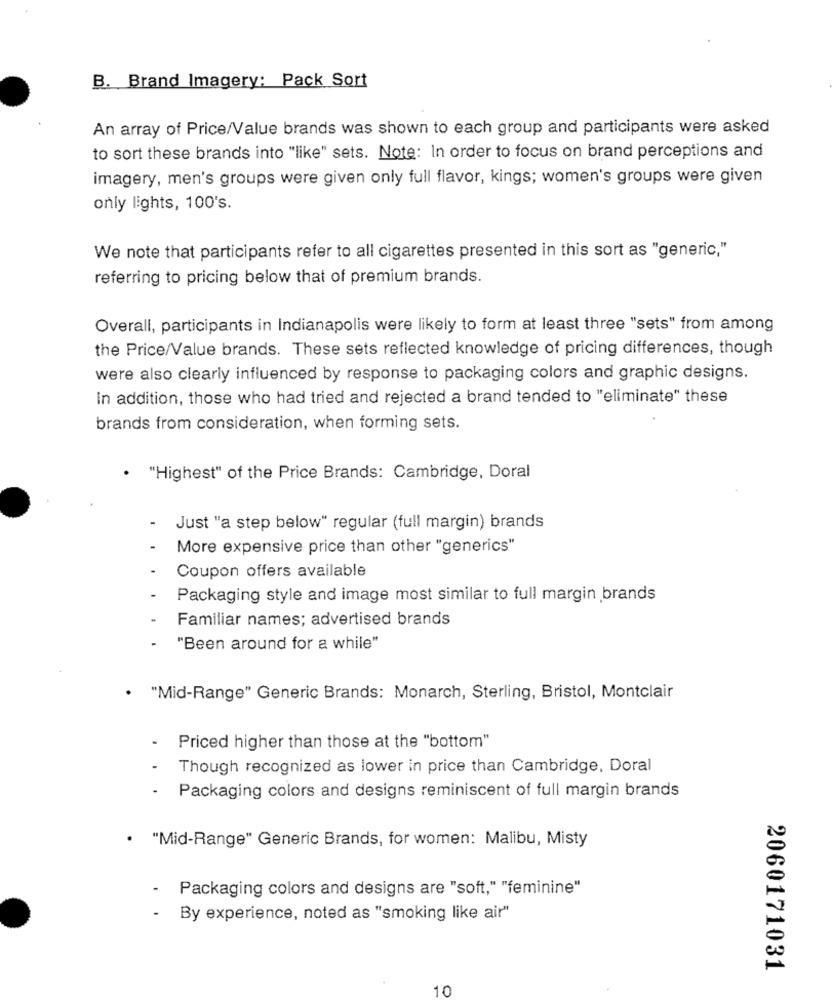
B. Brand Imagery: Pack Sort
An array of Price/Value brands was shown to each group and participants were asked
to sort these brands into "like" sets. Note: In order to focus on brand perceptions and
imagery, men's groups were given only full flavor, kings; women's groups were given
only lights, 100's.
We note that participants refer to all cigarettes presented in this sort as "generic,"
referring to pricing below that of premium brands.
Overall, participants in Indianapolis were likely to form at least three "sets" from among
the Price/Value brands. These sets reflected knowledge of pricing differences, though
were also clearly influenced by response to packaging colors and graphic designs.
In addition, those who had tried and rejected a brand tended to "eliminate" these
brands from consideration, when forming sets.
. "Highest" of the Price Brands: Cambridge, Doral
Just "a step below" regular (full margin) brands
More expensive price than other "generics"
Coupon offers available
Packaging style and image most similar to full margin brands
Familiar names; advertised brands
"Been around for a while"
. "Mid-Range" Generic Brands: Monarch, Sterling, Bristol, Montclair
.
Priced higher than those at the "bottom"
.
Though recognized as lower in price than Cambridge, Doral
.
Packaging colors and designs reminiscent of full margin brands
· "Mid-Range" Generic Brands, for women: Malibu, Misty
-
Packaging colors and designs are "soft," "feminine"
- By experience, noted as "smoking like air"
2060171031
10